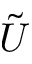
\tilde { U }